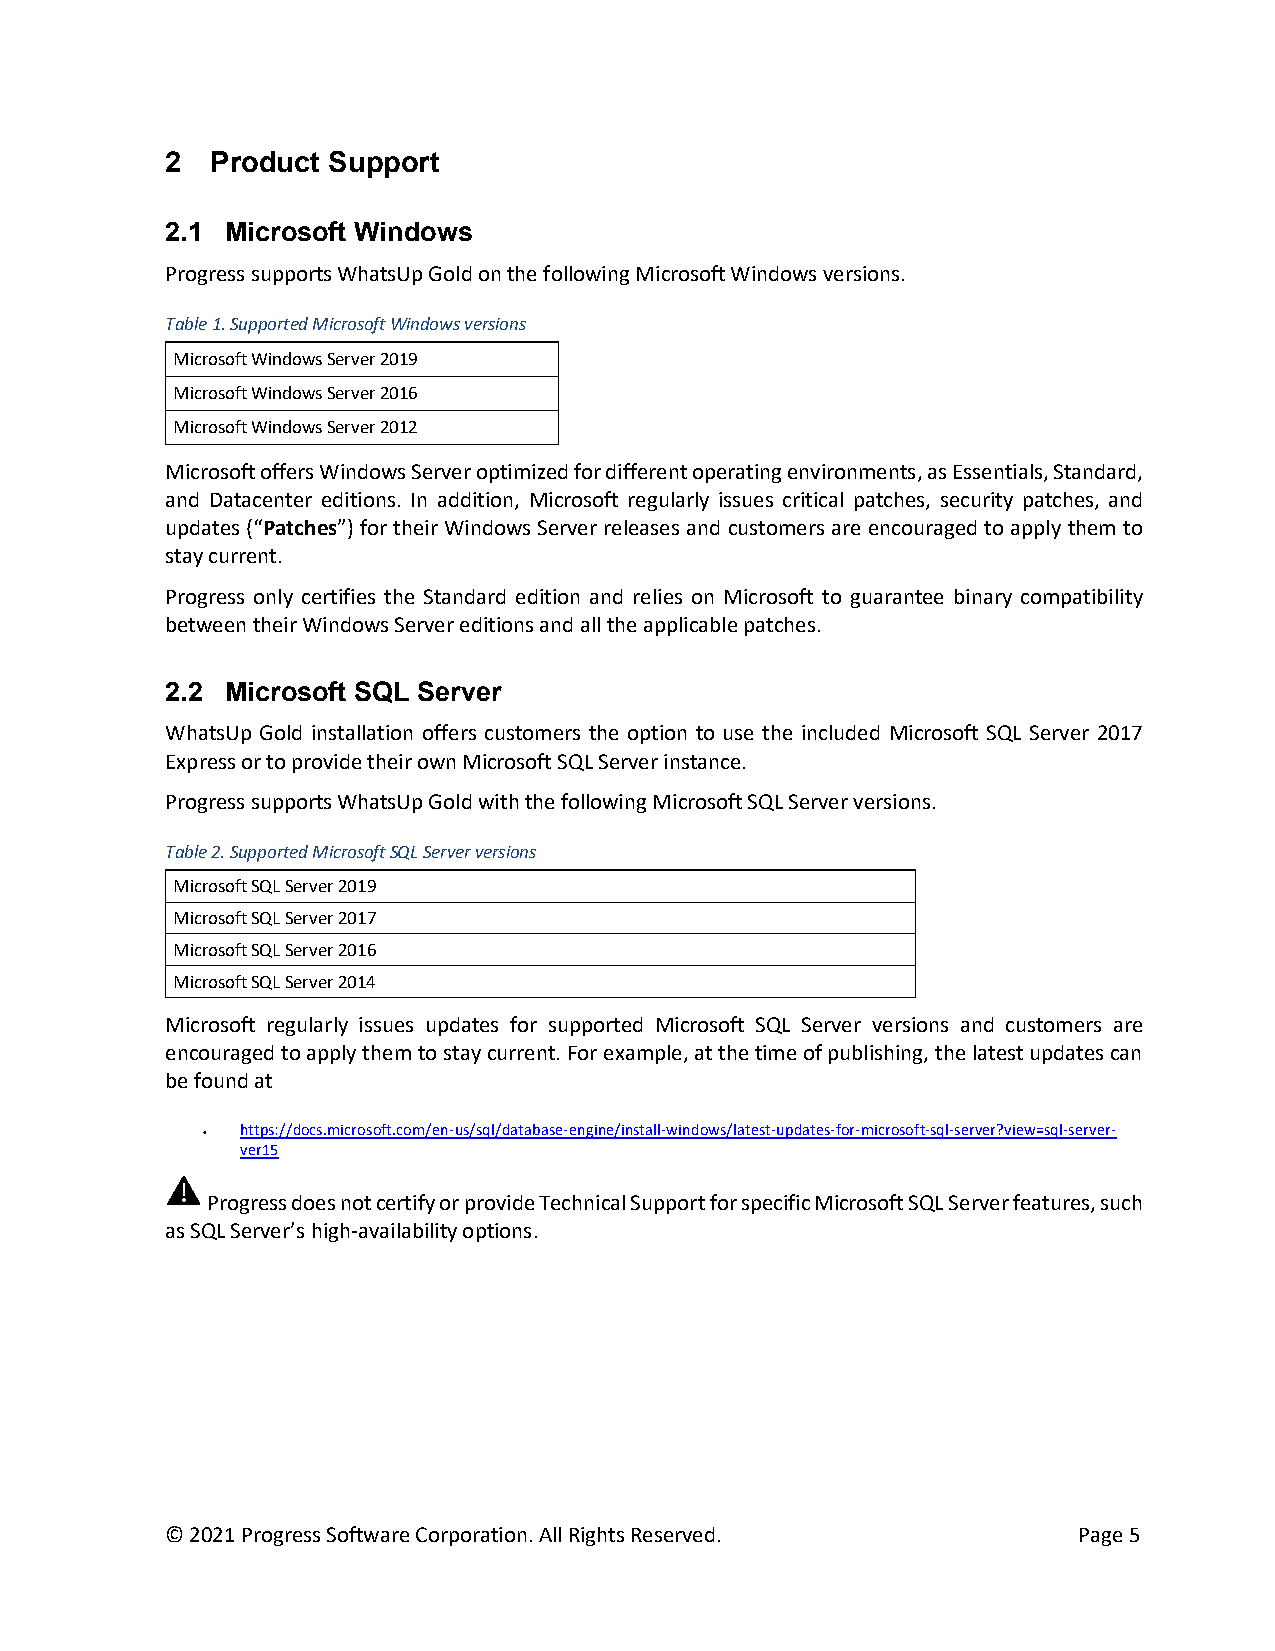
2  Product Support
 2.1 Microsoft Windows
 Progress supports WhatsUp Gold on the following Microsoft Windows versions.
 Table 1. Supported Microsoft Windows versions
 Microsoft Windows Server 2019
 Microsoft Windows Server 2016
 Microsoft Windows Server 2012
 Microsoft offers Windows Server optimized for different operating environments, as Essentials, Standard,
 and Datacenter editions. In addition, Microsoft regularly issues critical patches, security patches, and
 updates (“Patches”) for their Windows Server releases and customers are encouraged to apply them to
 stay current.
 Progress only certifies the Standard edition and relies on Microsoft to guarantee binary compatibility
 between their Windows Server editions and all the applicable patches.
 2.2 Microsoft SQL Server
 WhatsUp Gold installation offers customers the option to use the included Microsoft SQL Server 2017
 Express or to provide their own Microsoft SQL Server instance.
 Progress supports WhatsUp Gold with the following Microsoft SQL Server versions.
 Table 2. Supported Microsoft SQL Server versions
 Microsoft SQL Server 2019
 Microsoft SQL Server 2017
 Microsoft SQL Server 2016
 Microsoft SQL Server 2014
 Microsoft regularly issues updates for supported Microsoft SQL Server versions and customers are
 encouraged to apply them to stay current. For example, at the time of publishing, the latest updates can
 be found at
 •  https://docs.microsoft.com/en-us/sql/database-engine/install-windows/latest-updates-for-microsoft-sql-server?view=sql-server-
 ver15
 Progress does not certify or provide Technical Support for specific Microsoft SQL Server features, such
 as SQL Server’s high-availability options.
 © 2021 Progress Software Corporation. All Rights Reserved.  Page 5